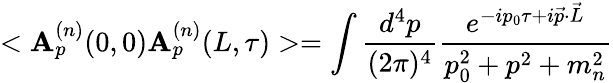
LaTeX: <\mathbf{A}_{p}^{(n)}(0,0)\mathbf{A}_{p}^{(n)}(L,\tau)>=\int\frac{{d^{4}p}}{{(2\pi)^{4}}}\frac{{e^{-ip_{0}\tau+i\vec{{p}}\cdot\vec{{L}}}}}{{p_{0}^{2}+p^{2}+m_{n}^{2}}}